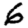
Digit: 6